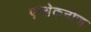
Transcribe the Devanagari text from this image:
एन्थ्रेकनोज